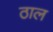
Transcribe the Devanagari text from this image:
ठाल